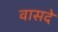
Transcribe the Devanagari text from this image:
वासदे